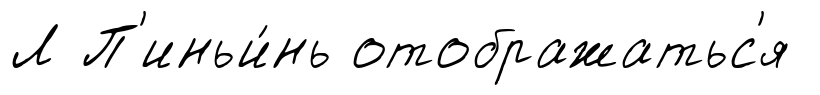
Л П'иньи́нь отображатьс'я